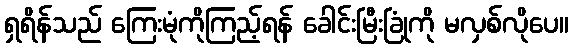
ရှရိန်သည် ကြေးမုံကိုကြည့်ရန် ခေါင်းမြီးခြုံကို မလှစ်လိုပေ။